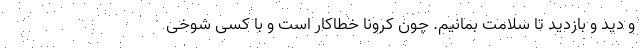
و دید و بازدید تا سلامت بمانیم. چون کرونا خطاکار است و با کسی شوخی